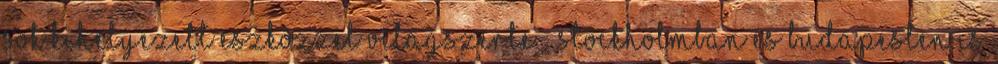
sok kihelyezett eszközzel világszerte – Stockholmban és Budapesten is